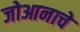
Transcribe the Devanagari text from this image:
जोआनाचे